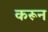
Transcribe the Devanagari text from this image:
करून